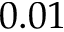
0 . 0 1